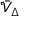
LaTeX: { \bar { \mathcal { V } } } _ { \Delta }